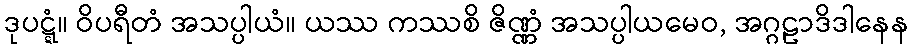
ဒုပဋ္ဋံ။ ဝိပရီတံ အသပ္ပါယံ။ ယဿ ကဿစိ ဇိဏ္ဏံ အသပ္ပါယမေဝ, အဂ္ဂဠာဒိဒါနေန